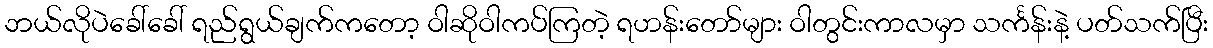
ဘယ်လိုပဲခေါ်ခေါ် ရည်ရွယ်ချက်ကတော့ ဝါဆိုဝါကပ်ကြတဲ့ ရဟန်းတော်များ ဝါတွင်းကာလမှာ သင်္ကန်းနဲ့ ပတ်သက်ပြီး